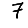
Digit: 7